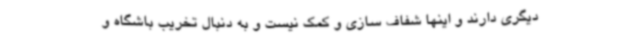
دیگری دارند و اینها شفاف سازی و کمک نیست و به دنبال تخریب باشگاه و